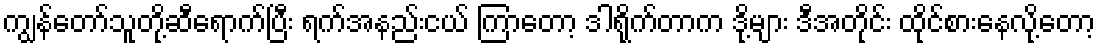
ကျွန်တော်သူတို့ဆီရောက်ပြီး ရက်အနည်းငယ် ကြာတော့ ဒါရိုက်တာက ဒို့များ ဒီအတိုင်း ထိုင်စားနေလို့တော့